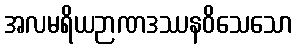
အလမရိယဉာဏဒဿနဝိသေသော